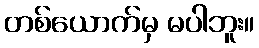
တစ်ယောက်မှ မပါဘူး။